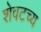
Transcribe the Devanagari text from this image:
शेवटच्य